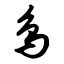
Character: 鸟